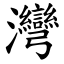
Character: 灣